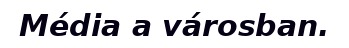
Média a városban.